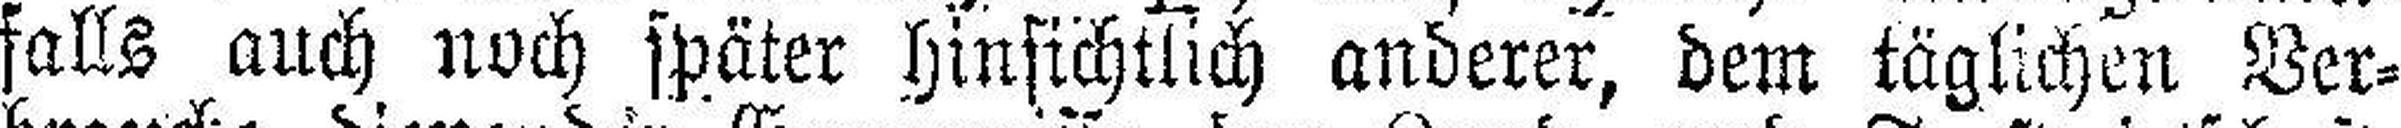
falls auch noch später hinsichtlich anderer, dem täglichen Ver¬